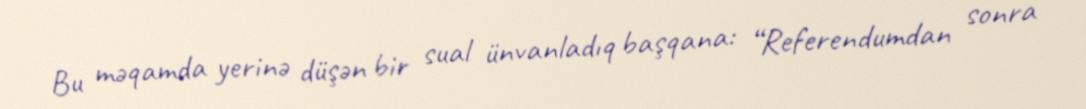
Bu məqamda yerinə düşən bir sual ünvanladıq başqana: “Referendumdan sonra